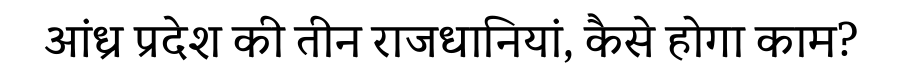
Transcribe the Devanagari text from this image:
आंध्र प्रदेश की तीन राजधानियां, कैसे होगा काम?